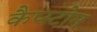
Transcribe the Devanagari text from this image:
कैप्स्टोन